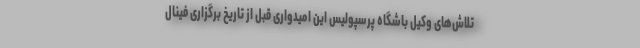
تلاش‌های وکیل باشگاه پرسپولیس این امیدواری قبل از تاریخ برگزاری فینال